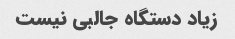
زیاد دستگاه جالبی نیست